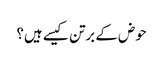
حوض کے برتن کیسے ہیں؟